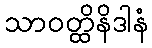
သာဝတ္ထိနိဒါနံ